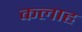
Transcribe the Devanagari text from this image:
कलाह